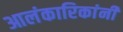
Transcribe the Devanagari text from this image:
आलंकारिकांनी